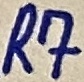
Text: R7